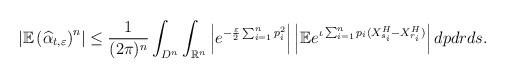
LaTeX: \begin{align*}\left|\mathbb{E}\left(\widehat{\alpha}_{t,\varepsilon}\right)^n\right|\leq\frac{1}{(2\pi)^n}\int_{D^n}\int_{\mathbb{R}^{n}}\left|e^{-\frac{\varepsilon}{2}\sum_{i=1}^np_i^2}\right|\left|\mathbb{E}e^{\iota \sum_{i=1}^np_i(X^H_{s_i}-X^H_{r_i})}\right|dpdrds.\end{align*}